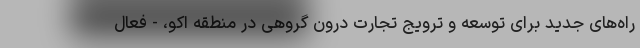
راه‌های جدید برای توسعه و ترویج تجارت درون گروهی در منطقه اکو، - فعال